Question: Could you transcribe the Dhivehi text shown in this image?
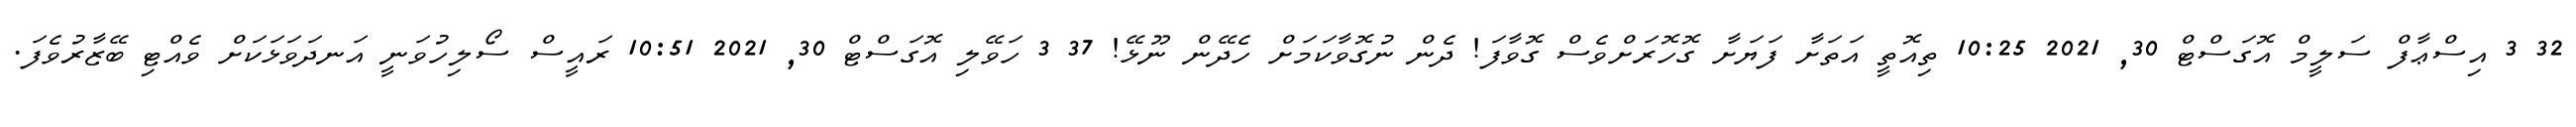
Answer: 32 3 އިސްޢާފް ސަލީމް އޮގަސްޓް 30, 2021 10:25 ތިއޮތީ އަތަށާ ފަޔަށާ ގޮހޮރަށްވެސް ގޮވާފަ! ދެން ނުގޮވާކަމަށް ހެދޭން ނޫޅޭ! 37 3 ހަވޭލި އޮގަސްޓް 30, 2021 10:51 ރައީސް ސޯލިހުވަނީ އަނދަވަޅަކަށް ވެއްޓި ބޭޒާރުވެފަ.